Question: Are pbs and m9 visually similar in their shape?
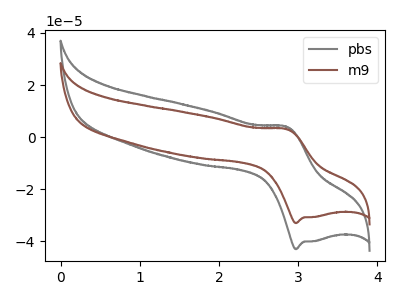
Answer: <think>The gray curve "pbs" has an anodic peak at (2.85V, 4.00uA) and a cathodic peak at (2.95V, -43.05uA). The brown curve "m9" has an anodic peak at (2.85V, 3.05uA) and a cathodic peak at (2.95V, -33.05uA).
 All the peaks in "pbs" have a peak in "m9" at the same potential. Every peak in "pbs" is higher than every peak in "m9".</think>
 <answer>"pbs" and "m9" are similar in shape.</answer>
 <eval>same_shape</eval>